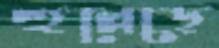
হুল্লেড়ে